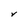
Character: V